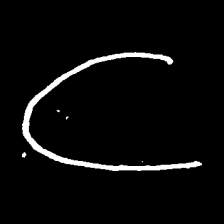
Pyu character \u2014 Myanmar letter: ဋ (romanized: tta)